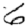
Digit: 6